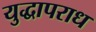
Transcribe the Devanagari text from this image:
युद्धापराध